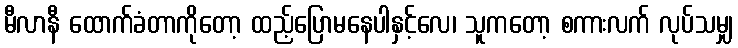
မီလာနီ ထောက်ခံတာကိုတော့ ထည့်ပြောမနေပါနှင့်လေ၊ သူကတော့ စကားလက် လုပ်သမျှ